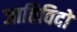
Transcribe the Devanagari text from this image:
जातिविदों